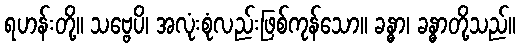
ရဟန်းတို့။ သဗ္ဗေပိ၊ အလုံးစုံလည်းဖြစ်ကုန်သော။ ခန္ဓာ၊ ခန္ဓာတို့သည်။